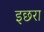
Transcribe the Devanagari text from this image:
इछरा